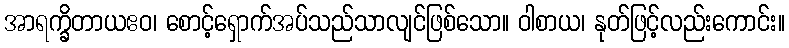
အာရက္ခိတာယဧဝ၊ စောင့်ရှောက်အပ်သည်သာလျင်ဖြစ်သော။ ဝါစာယ၊ နုတ်ဖြင့်လည်းကောင်း။